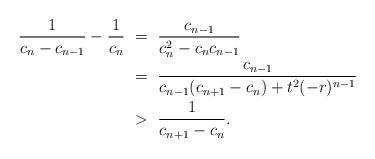
LaTeX: \begin{align*}\frac{1}{c_{n}-c_{n-1}} - \frac{1}{c_n} & \ = \ \frac{c_{n-1}}{c_n^{2}-c_{n}c_{n-1}} \\& \ = \ \frac{c_{n-1}}{c_{n-1}(c_{n+1}-c_{n})+t^2(-r)^{n-1}} \\ & \ >\ \frac{1}{c_{n+1}-c_{n}}.\end{align*}